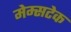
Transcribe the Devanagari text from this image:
मेम्सटेक